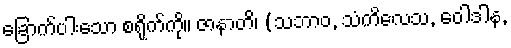
ခြောက်ပါးသော စရိုက်ကို။ ဇာနာတိ၊ (သဘာဝ, သံကိလေသ, ဝေါဒါန,